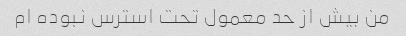
من بیش از حد معمول تحت استرس نبوده ام